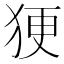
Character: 㹴